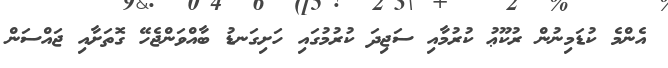
އެންމެ ކުޑަމިނުން ރުކޫޢު ކުރުމާއި ސަޖިދަ ކުރުމުގައި ހަށިގަނޑު ބާއްވަންޖެހޭ ގޮތަށާއި ޖައްސަން